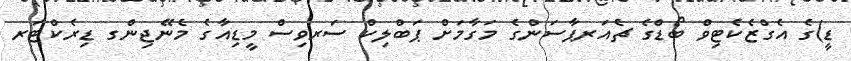
ޑީ)ގެ އެގްޒެކެޓިވް ބޯޑްގެ ޗެއަރޕާސަންގެ މަގާމަށް ޕަބްލިކް ސަރވިސް މީޑިއާގެ މެނޭޖިންގ ޑިރެކްޓަރ